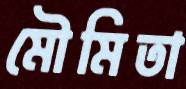
মৌমিতা